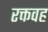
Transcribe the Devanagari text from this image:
रक्तवह